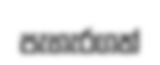
පැහැරගත්